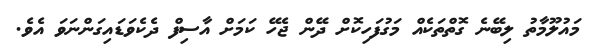
މައުލޫމާތު ލިބޭނެ ގޮތްތަކެއް މަގުފަހިކޮށް ދޭން ޖެހޭ ކަމަށް އާސިފް ދެކެވަޑައިގަންނަވަ އެވެ.